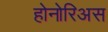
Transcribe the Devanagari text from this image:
होनोरिअस